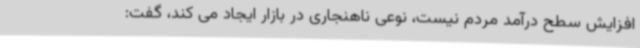
افزایش سطح درآمد مردم نیست، نوعی ناهنجاری در بازار ایجاد می کند، گفت: